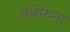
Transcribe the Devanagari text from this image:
अंबोयना